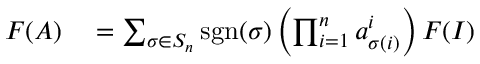
\begin{array} { r l } { F ( A ) } & { { } = \sum _ { \sigma \in S _ { n } } \operatorname { s g n } ( \sigma ) \left( \prod _ { i = 1 } ^ { n } a _ { \sigma ( i ) } ^ { i } \right) F ( I ) } \end{array}